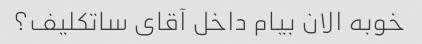
خوبه الان بیام داخل آقای ساتکلیف؟